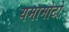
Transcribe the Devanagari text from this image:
यमामोटो